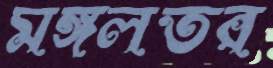
মঙ্গলতর